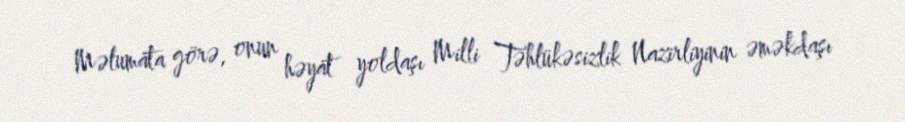
Məlumata görə, onun həyat yoldaşı Milli Təhlükəsizlik Nazirliyinin əməkdaşı